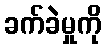
ခက်ခဲမှုကို